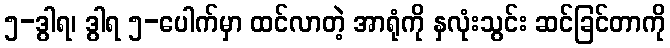
၅-ဒွါရ၊ ဒွါရ ၅-ပေါက်မှာ ထင်လာတဲ့ အာရုံကို နှလုံးသွင်း ဆင်ခြင်တာကို